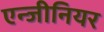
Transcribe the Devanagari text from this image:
एन्जीनियर